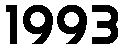
1993